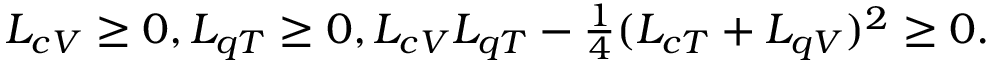
\begin{array} { r } { L _ { c V } \geq 0 , L _ { q T } \geq 0 , L _ { c V } L _ { q T } - \frac { 1 } { 4 } ( L _ { c T } + L _ { q V } ) ^ { 2 } \geq 0 . } \end{array}